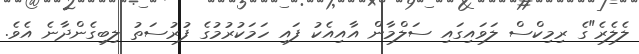
ލެލެރެ"ގެ ރިމިކްސް ލަވައިގައި ސަލްމާން އާއިއެކު ފައި ހަމަކުރުމުގެ ފުރުސަތު ލިބިގެންދާނެ އެވެ.